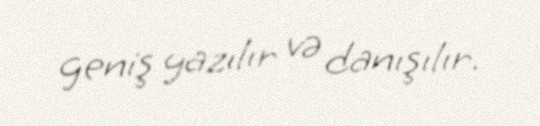
geniş yazılır və danışılır.